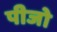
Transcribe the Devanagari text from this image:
पीजो